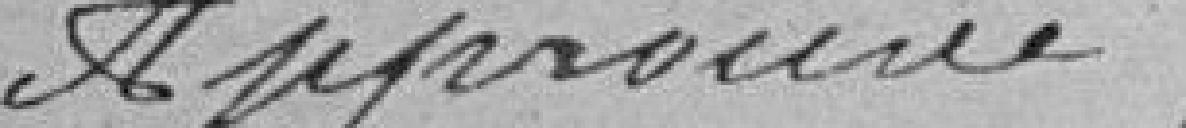
Approuvé,